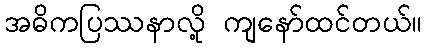
အဓိကပြဿနာလို့ ကျနော်ထင်တယ်။